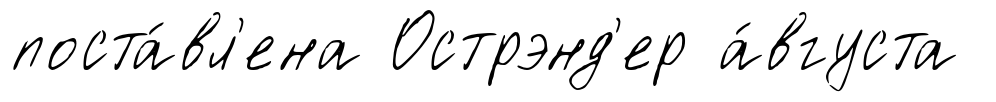
поста́вл'ена Острэнд'ер а́вгуста